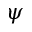
\psi